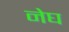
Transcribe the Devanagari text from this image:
नेघ